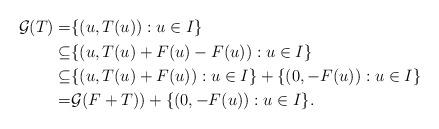
LaTeX: \begin{align*} \begin{aligned} \mathcal{G}(T)=& \{(u,T(u)): u \in I\}\\ \subseteq & \{ (u, T(u)+F(u)-F(u)): u \in I\} \\ \subseteq & \{(u,T(u)+F(u)): u \in I\}+ \{ (0, -F(u)):u \in I\}\\ = & \mathcal{G}(F+T))+ \{ (0, -F(u)):u \in I\}. \end{aligned} \end{align*}